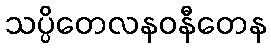
သပ္ပိတေလနဝနီတေန